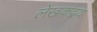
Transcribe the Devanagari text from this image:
लेखकद्वय